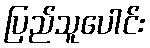
ပြည်သူပေါင်း